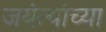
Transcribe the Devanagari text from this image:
जयंत्यांच्या